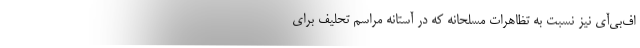
اف‌بی‌آی نیز نسبت به تظاهرات مسلحانه که در آستانه مراسم تحلیف برای